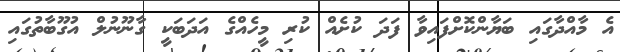
އެ މާއްދާގައި ބަޔާންކޮށްފައިވާ ފަދަ ކުށެއް ކުރި މީހެއްގެ އަދަބަކީ ގާނޫނުލް އުގޫބާތުގައި